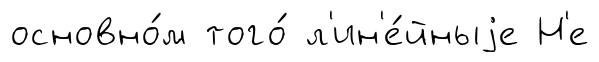
основно́м того́ л'ин'е́йныjе Н'е